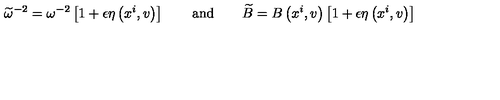
\widetilde { \omega } ^ { - 2 } = \omega ^ { - 2 } \left[ 1 + \epsilon \eta \left( x ^ { i } , v \right) \right] \qquad \mathrm { a n d } \qquad \widetilde { B } = B \left( x ^ { i } , v \right) \left[ 1 + \epsilon \eta \left( x ^ { i } , v \right) \right]